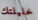
خليلتك